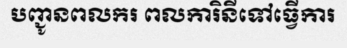
បញ្ជូនពលករ ពលការិនីទៅធ្វើការ